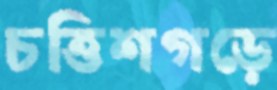
চত্তিশগড়ে